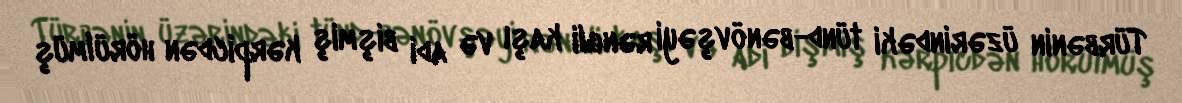
Türbənin üzərindəki tünd-bənövşəyi rəngli kaşı və adi bişmiş kərpicdən hörülmüş